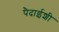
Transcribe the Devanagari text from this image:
पैदाईशी